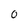
Character: 0